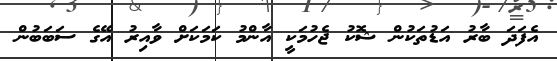
އެފަދަ ބާރު އަޑުތަކުން ޝޮކު ޖެހުމަކީ އާންމު ކަމަކަށް ވާއިރު އޭގެ ސަބަބުން